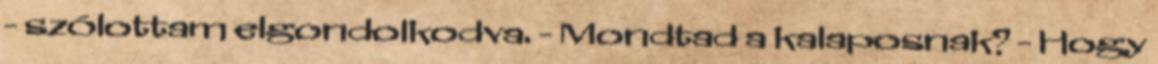
- szólottam elgondolkodva. - Mondtad a kalaposnak? - Hogy